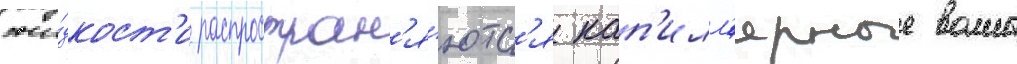
жи́дкост'и распростран'я́ютс'я кап'илл'ярные волны